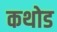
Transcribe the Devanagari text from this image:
कथोड